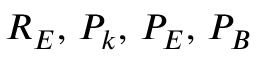
R _ { E } , \, P _ { k } , \, P _ { E } , \, P _ { B }